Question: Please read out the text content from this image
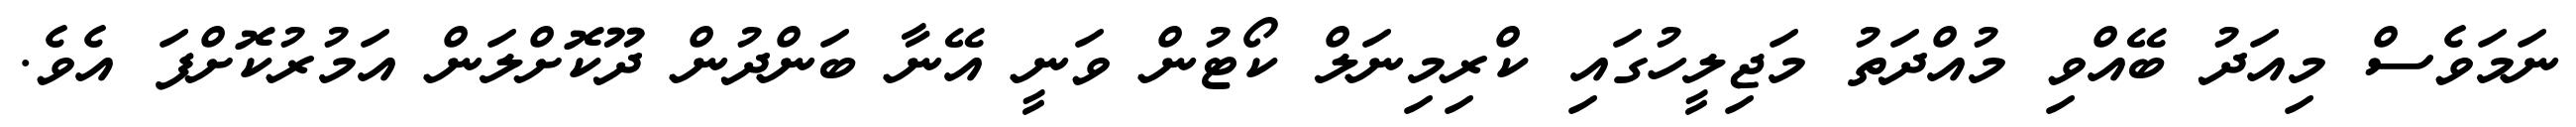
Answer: ނަމަވެސް މިއަދު ބޭއްވި މުއްދަތު މަޖިލީހުގައި ކްރިމިނަލް ކޯޓުން ވަނީ އޭނާ ބަންދުން ދޫކޮށްލަން އަމުރުކޮށްފަ އެވެ.